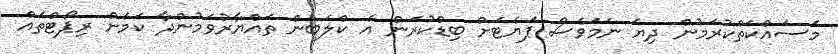
މަސައްކަތްކުރަމުން ދިޔަ ނަމަވެސް ޕަޔެޓަށް ބިޑްކުރަން އެ ކްލަބުން ތައްޔާރުވަމުންދާ ކަމަށް ރިޕޯޓްތައް